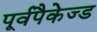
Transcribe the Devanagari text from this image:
पूर्वपैकेज्ड